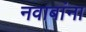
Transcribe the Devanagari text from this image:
नवाबांना